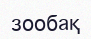
зообақ